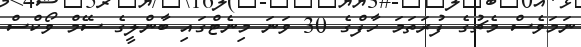
ނަމަވެސް މެޗުގެ ފުރަތަމަ ހާފްގެ 30 ވަނަ މިނެޓްގައި ބާންލީގެ ސޭމް ވޯކްސް